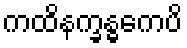
ကထိနက္ခန္ဓကေပိ